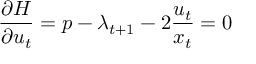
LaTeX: { \frac { \partial H } { \partial u _ { t } } } = p - \lambda _ { t + 1 } - 2 { \frac { u _ { t } } { x _ { t } } } = 0